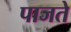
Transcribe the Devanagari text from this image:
पाजते